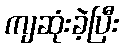
ကျဆုံးခဲ့ပြီး